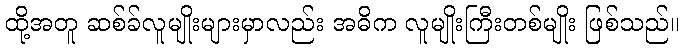
ထို့အတူ ဆစ်ခ်လူမျိုးများမှာလည်း အဓိက လူမျိုးကြီးတစ်မျိုး ဖြစ်သည်။